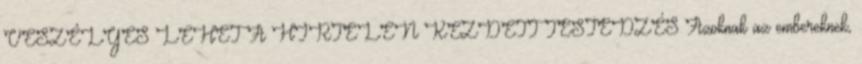
VESZÉLYES LEHET A HIRTELEN KEZDETT TESTEDZÉS Azoknak az embereknek,